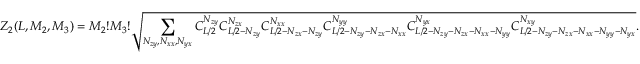
Z _ { 2 } ( L , M _ { 2 } , M _ { 3 } ) = M _ { 2 } ! M _ { 3 } ! \sqrt { \sum _ { N _ { z y } , N _ { x x } , N _ { y x } } C _ { L / 2 } ^ { N _ { z y } } C _ { L / 2 - N _ { z y } } ^ { N _ { z x } } C _ { L / 2 - N _ { z x } - N _ { z y } } ^ { N _ { x x } } C _ { L / 2 - N _ { z y } - N _ { z x } - N _ { x x } } ^ { N _ { y y } } C _ { L / 2 - N _ { z y } - N _ { z x } - N _ { x x } - N _ { y y } } ^ { N _ { y x } } C _ { L / 2 - N _ { z y } - N _ { z x } - N _ { x x } - N _ { y y } - N _ { y x } } ^ { N _ { x y } } } .